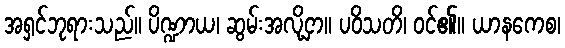
အရှင်ဘုရားသည်။ ပိဏ္ဍာယ၊ ဆွမ်းအလို့ငှာ။ ပဝိသတိ၊ ဝင်၏။ ယာနကေစ၊